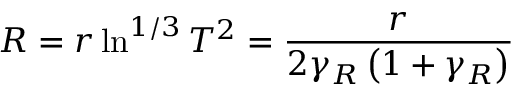
R = r \ln ^ { 1 / 3 } T ^ { 2 } = \frac { r } { 2 \gamma _ { R } \left( 1 + \gamma _ { R } \right) }